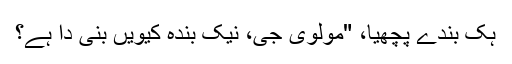
ہک بندے پُچھیا، "مولوی جی، نیک بندہ کیویں بنی دا ہے؟